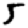
Digit: 5